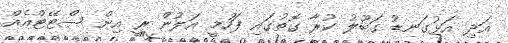
އަދި އަޅުގަނޑު ގަބޫލު ކުރާ ގޮތުގައި ފަހުމީ އަލުން ރީ އިން ސްޓޭޓްއެއް